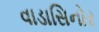
વાડાસિનોર